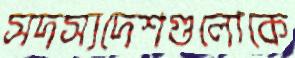
সদস্যদেশগুলোকে